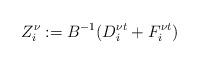
LaTeX: \begin{align*}Z^{\nu}_i:=B^{-1}(D^{\nu t}_i+F_i^{\nu t})\end{align*}